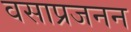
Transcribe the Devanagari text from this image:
वसाप्रजनन